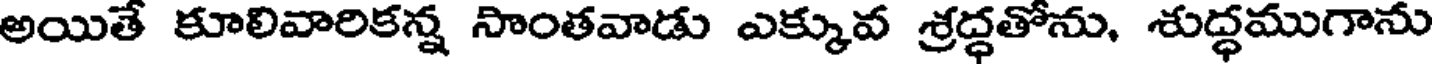
అయితే కూలివారికన్న సాంతవాడు ఎక్కువ శ్రద్ధతోను, శుద్ధముగాను